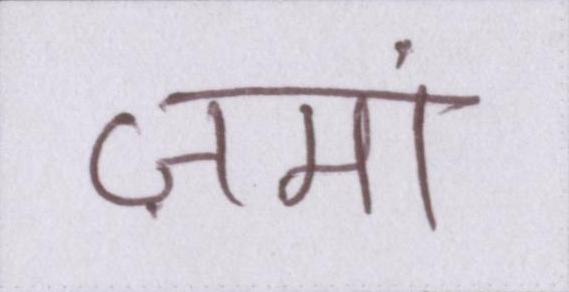
ज़मां